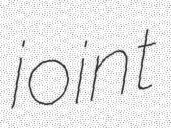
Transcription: joint